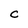
Character: c